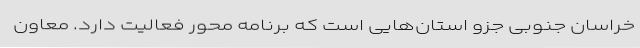
خراسان جنوبی جزو استان‌هایی است که برنامه محور فعالیت دارد. معاون